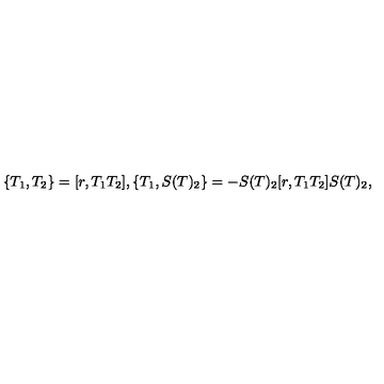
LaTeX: \{ T _ { 1 } , T _ { 2 } \} = [ r , T _ { 1 } T _ { 2 } ] , \{ T _ { 1 } , S ( T ) _ { 2 } \} = - S ( T ) _ { 2 } [ r , T _ { 1 } T _ { 2 } ] S ( T ) _ { 2 } ,